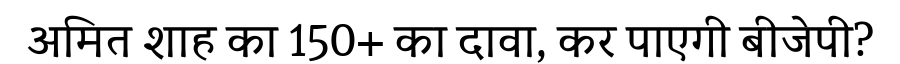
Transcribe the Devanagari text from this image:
अमित शाह का 150+ का दावा, कर पाएगी बीजेपी?